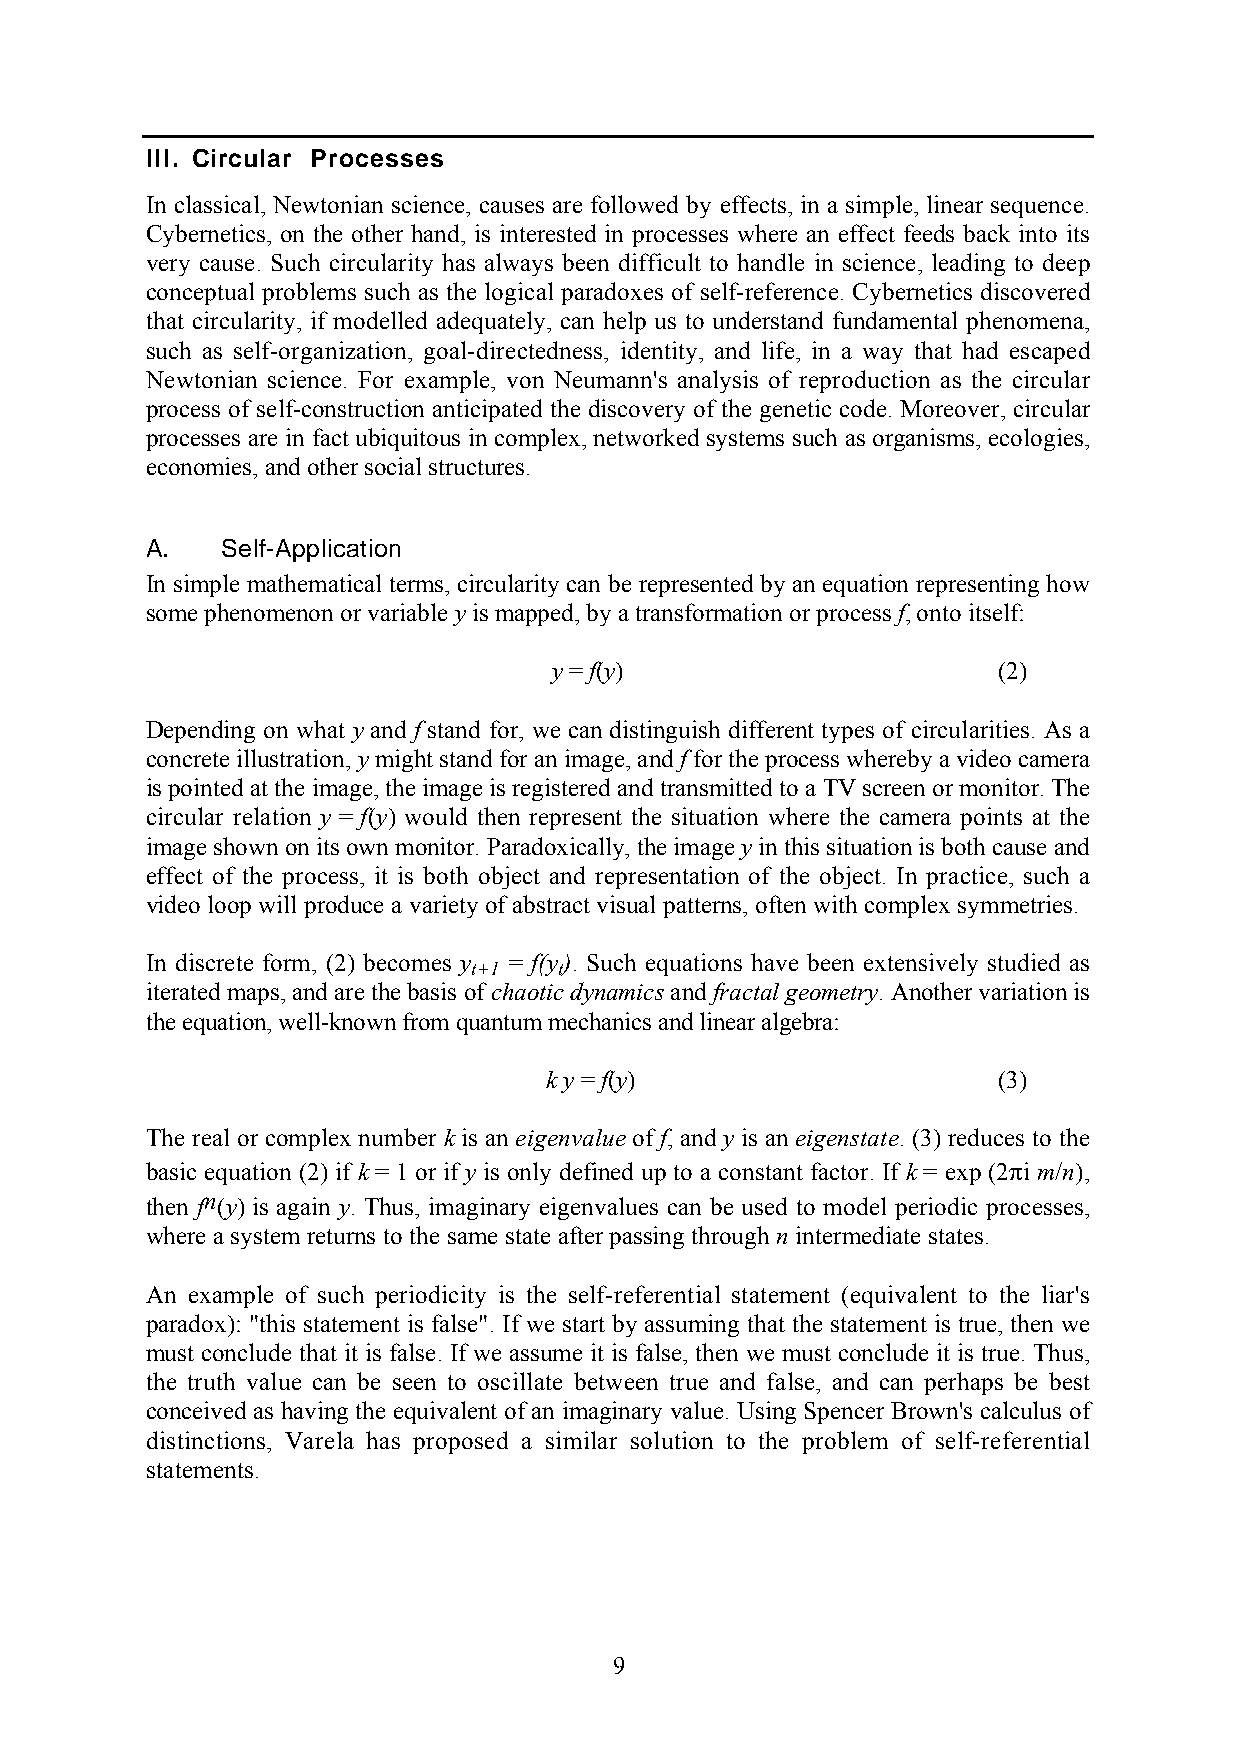
III. Circular Processes
 In classical, Newtonian science, causes are followed by effects, in a simple, linear sequence.
 Cybernetics, on the other hand, is interested in processes where an effect feeds back into its
 very cause. Such circularity has always been difficult to handle in science, leading to deep
 conceptual problems such as the logical paradoxes of self-reference. Cybernetics discovered
 that circularity, if modelled adequately, can help us to understand fundamental phenomena,
 such as self-organization, goal-directedness, identity, and life, in a way that had escaped
 Newtonian science. For example, von Neumann's analysis of reproduction as the circular
 process of self-construction anticipated the discovery of the genetic code. Moreover, circular
 processes are in fact ubiquitous in complex, networked systems such as organisms, ecologies,
 economies, and other social structures.
 A.   Self-Application
 In simple mathematical terms, circularity can be represented by an equation representing how
 some phenomenon or variable y is mapped, by a transformation or process f, onto itself:
 y = f(y)                     (2)
 Depending on what y and f stand for, we can distinguish different types of circularities. As a
 concrete illustration, y might stand for an image, and f for the process whereby a video camera
 is pointed at the image, the image is registered and transmitted to a TV screen or monitor. The
 circular relation y = f(y) would then represent the situation where the camera points at the
 image shown on its own monitor. Paradoxically, the image y in this situation is both cause and
 effect of the process, it is both object and representation of the object. In practice, such a
 video loop will produce a variety of abstract visual patterns, often with complex symmetries.
 In discrete form, (2) becomes y = f(y). Such equations have been extensively studied as
 t+1   t
 iterated maps, and are the basis of chaotic dynamics and fractal geometry. Another variation is
 the equation, well-known from quantum mechanics and linear algebra:
 k y = f(y)                    (3)
 The real or complex number k is an eigenvalue of f, and y is an eigenstate. (3) reduces to the
 basic equation (2) if k = 1 or if y is only defined up to a constant factor. If k = exp (2πi m/n),
 then fn(y) is again y. Thus, imaginary eigenvalues can be used to model periodic processes,
 where a system returns to the same state after passing through n intermediate states.
 An example of such periodicity is the self-referential statement (equivalent to the liar's
 paradox): "this statement is false". If we start by assuming that the statement is true, then we
 must conclude that it is false. If we assume it is false, then we must conclude it is true. Thus,
 the truth value can be seen to oscillate between true and false, and can perhaps be best
 conceived as having the equivalent of an imaginary value. Using Spencer Brown's calculus of
 distinctions, Varela has proposed a similar solution to the problem of self-referential
 statements.
 9